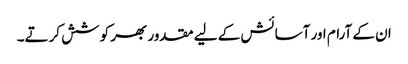
ان کے آرام اور آسائش کے لیے مقدور بھر کوشش کرتے۔